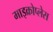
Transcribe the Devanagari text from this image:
माइक्रोप्लेस